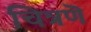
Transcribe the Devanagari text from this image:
चित्रणॆ